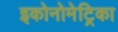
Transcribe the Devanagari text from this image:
इकोनोमेट्रिका